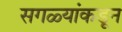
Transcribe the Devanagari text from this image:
सगळ्यांकडून